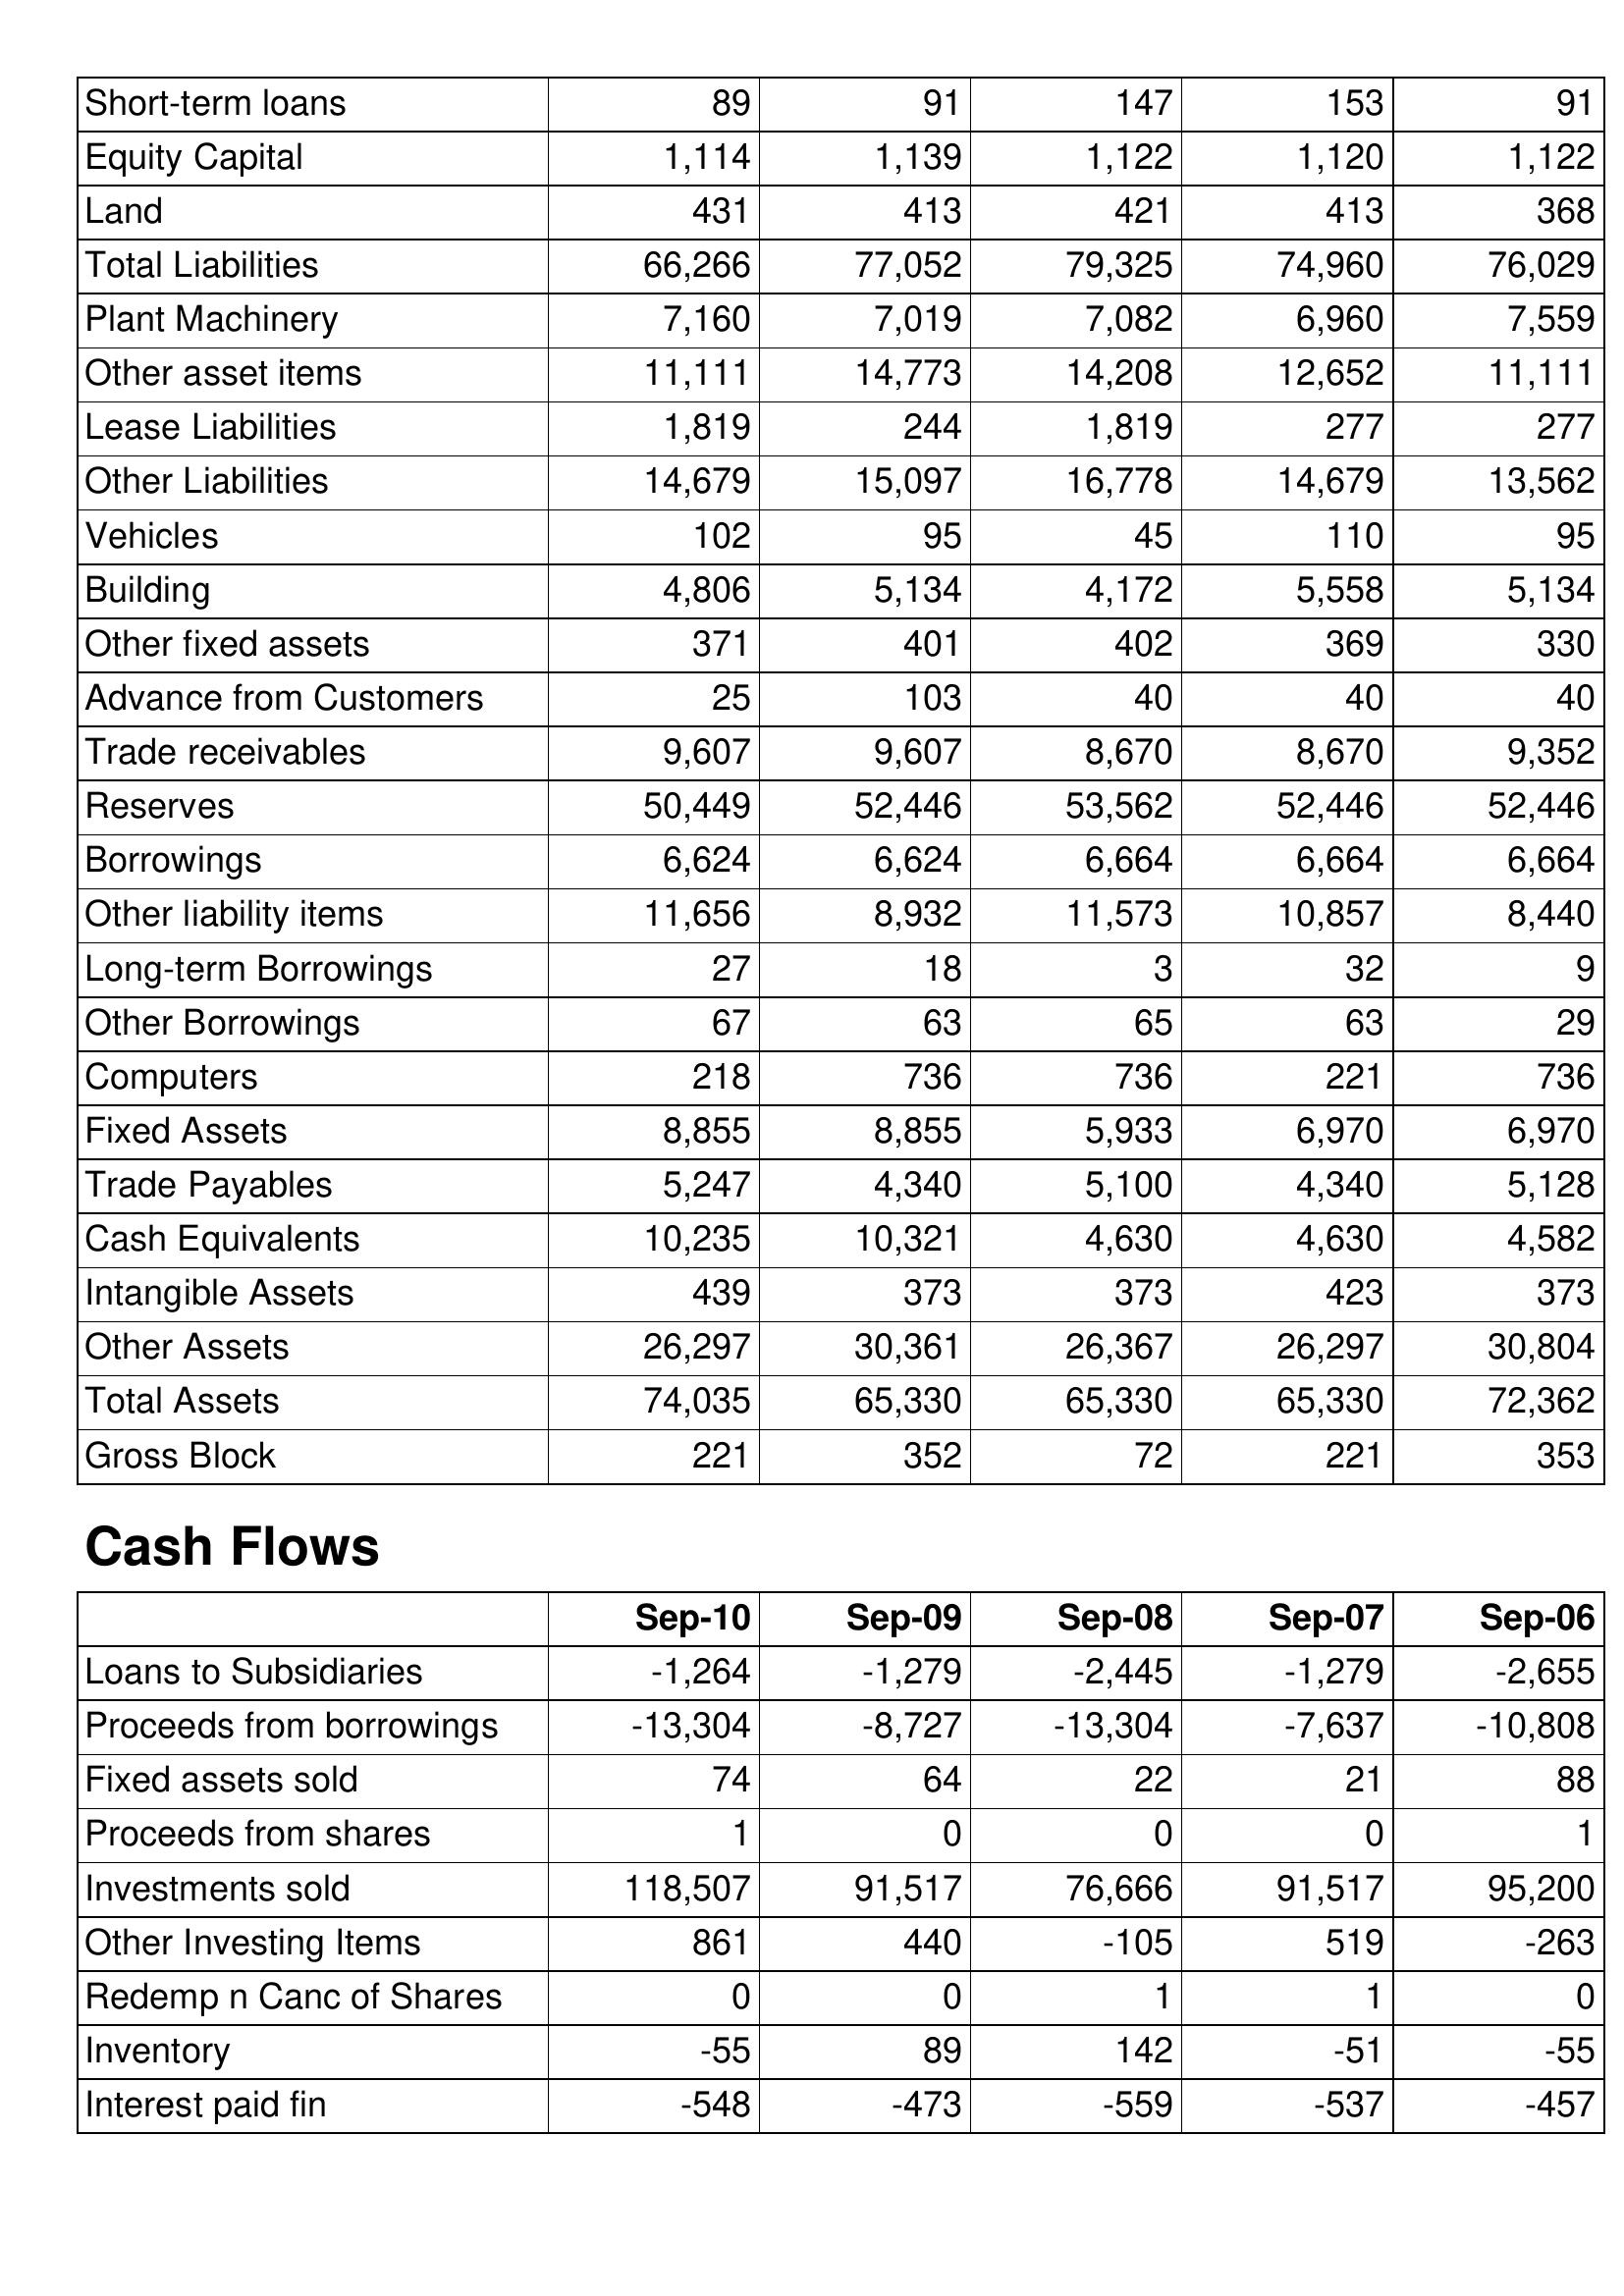
Sep-10: Balance Sheet: Short-term loans: 89
Equity Capital: 1,114
Land: 431
Total Liabilities: 66,266
Plant Machinery: 7,160
Other asset items: 11,111
Lease Liabilities: 1,819
Other Liabilities: 14,679
Vehicles: 102
Building: 4,806
Other fixed assets: 371
Advance from Customers: 25
Trade receivables: 9,607
Reserves: 50,449
Borrowings: 6,624
Other liability items: 11,656
Long-term Borrowings: 27
Other Borrowings: 67
Computers: 218
Fixed Assets: 8,855
Trade Payables: 5,247
Cash Equivalents: 10,235
Intangible Assets: 439
Other Assets: 26,297
Total Assets: 74,035
Gross Block: 221
Cash Flows: Loans to Subsidiaries: -1,264
Proceeds from borrowings: -13,304
Fixed assets sold: 74
Proceeds from shares: 1
Investments sold: 118,507
Other Investing Items: 861
Redemp n Canc of Shares: 0
Inventory: -55
Interest paid fin: -548
Sep-09: Balance Sheet: Short-term loans: 91
Equity Capital: 1,139
Land: 413
Total Liabilities: 77,052
Plant Machinery: 7,019
Other asset items: 14,773
Lease Liabilities: 244
Other Liabilities: 15,097
Vehicles: 95
Building: 5,134
Other fixed assets: 401
Advance from Customers: 103
Trade receivables: 9,607
Reserves: 52,446
Borrowings: 6,624
Other liability items: 8,932
Long-term Borrowings: 18
Other Borrowings: 63
Computers: 736
Fixed Assets: 8,855
Trade Payables: 4,340
Cash Equivalents: 10,321
Intangible Assets: 373
Other Assets: 30,361
Total Assets: 65,330
Gross Block: 352
Cash Flows: Loans to Subsidiaries: -1,279
Proceeds from borrowings: -8,727
Fixed assets sold: 64
Proceeds from shares: 0
Investments sold: 91,517
Other Investing Items: 440
Redemp n Canc of Shares: 0
Inventory: 89
Interest paid fin: -473
Sep-08: Balance Sheet: Short-term loans: 147
Equity Capital: 1,122
Land: 421
Total Liabilities: 79,325
Plant Machinery: 7,082
Other asset items: 14,208
Lease Liabilities: 1,819
Other Liabilities: 16,778
Vehicles: 45
Building: 4,172
Other fixed assets: 402
Advance from Customers: 40
Trade receivables: 8,670
Reserves: 53,562
Borrowings: 6,664
Other liability items: 11,573
Long-term Borrowings: 3
Other Borrowings: 65
Computers: 736
Fixed Assets: 5,933
Trade Payables: 5,100
Cash Equivalents: 4,630
Intangible Assets: 373
Other Assets: 26,367
Total Assets: 65,330
Gross Block: 72
Cash Flows: Loans to Subsidiaries: -2,445
Proceeds from borrowings: -13,304
Fixed assets sold: 22
Proceeds from shares: 0
Investments sold: 76,666
Other Investing Items: -105
Redemp n Canc of Shares: 1
Inventory: 142
Interest paid fin: -559
Sep-07: Balance Sheet: Short-term loans: 153
Equity Capital: 1,120
Land: 413
Total Liabilities: 74,960
Plant Machinery: 6,960
Other asset items: 12,652
Lease Liabilities: 277
Other Liabilities: 14,679
Vehicles: 110
Building: 5,558
Other fixed assets: 369
Advance from Customers: 40
Trade receivables: 8,670
Reserves: 52,446
Borrowings: 6,664
Other liability items: 10,857
Long-term Borrowings: 32
Other Borrowings: 63
Computers: 221
Fixed Assets: 6,970
Trade Payables: 4,340
Cash Equivalents: 4,630
Intangible Assets: 423
Other Assets: 26,297
Total Assets: 65,330
Gross Block: 221
Cash Flows: Loans to Subsidiaries: -1,279
Proceeds from borrowings: -7,637
Fixed assets sold: 21
Proceeds from shares: 0
Investments sold: 91,517
Other Investing Items: 519
Redemp n Canc of Shares: 1
Inventory: -51
Interest paid fin: -537
Sep-06: Balance Sheet: Short-term loans: 91
Equity Capital: 1,122
Land: 368
Total Liabilities: 76,029
Plant Machinery: 7,559
Other asset items: 11,111
Lease Liabilities: 277
Other Liabilities: 13,562
Vehicles: 95
Building: 5,134
Other fixed assets: 330
Advance from Customers: 40
Trade receivables: 9,352
Reserves: 52,446
Borrowings: 6,664
Other liability items: 8,440
Long-term Borrowings: 9
Other Borrowings: 29
Computers: 736
Fixed Assets: 6,970
Trade Payables: 5,128
Cash Equivalents: 4,582
Intangible Assets: 373
Other Assets: 30,804
Total Assets: 72,362
Gross Block: 353
Cash Flows: Loans to Subsidiaries: -2,655
Proceeds from borrowings: -10,808
Fixed assets sold: 88
Proceeds from shares: 1
Investments sold: 95,200
Other Investing Items: -263
Redemp n Canc of Shares: 0
Inventory: -55
Interest paid fin: -457